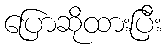
ပြောဆိုထားပြီး